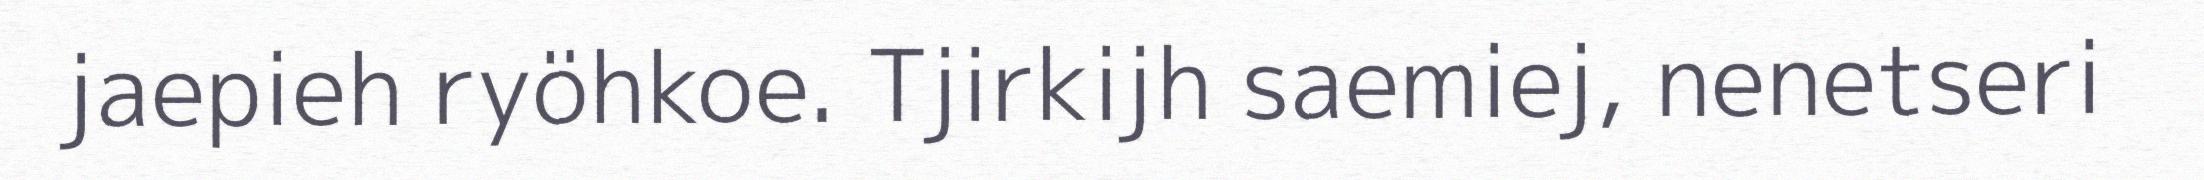
jaepieh ryöhkoe. Tjirkijh saemiej, nenetseri